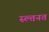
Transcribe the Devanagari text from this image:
स्ल्तनत